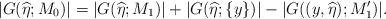
LaTeX: \begin{align*}|G(\widehat{\eta};M_0)|=|G(\widehat{\eta};M_1)|+|G(\widehat{\eta};\{y\})|-|G((y,\widehat{\eta});M_1')|.\end{align*}